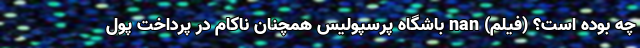
چه بوده است؟ (فیلم) nan باشگاه پرسپولیس همچنان ناکام در پرداخت پول